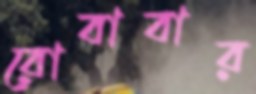
রোবাবার